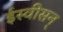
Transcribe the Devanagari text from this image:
ईस्वीसन्